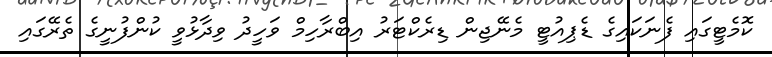
ކޮމެޓީގައި ފެނަކައިގެ ޑެޕިއުޓީ މެނޭޖިން ޑިރެކްޓަރު އިބްރާހިމް ވަހީދު ވިދާޅުވީ ކުންފުނީގެ ތެރޭގައި